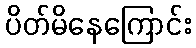
ပိတ်မိနေကြောင်း